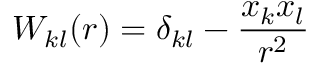
W _ { k l } ( r ) = \delta _ { k l } - \frac { x _ { k } x _ { l } } { r ^ { 2 } }